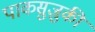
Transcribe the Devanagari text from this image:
पाकसुज़ुकी